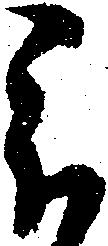
被